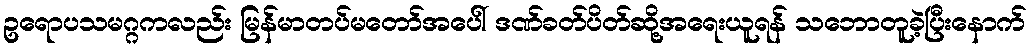
ဥရောပသမဂ္ဂကလည်း မြန်မာတပ်မတော်အပေါ် ဒဏ်ခတ်ပိတ်ဆို့အရေးယူရန် သဘောတူခဲ့ပြီးနောက်